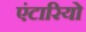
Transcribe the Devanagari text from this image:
एंटारियो